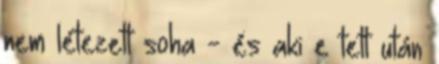
nem létezett soha - és aki e tett után